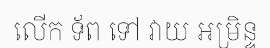
លើក ទ័ព ទៅ វាយ អម្រិន្ទ